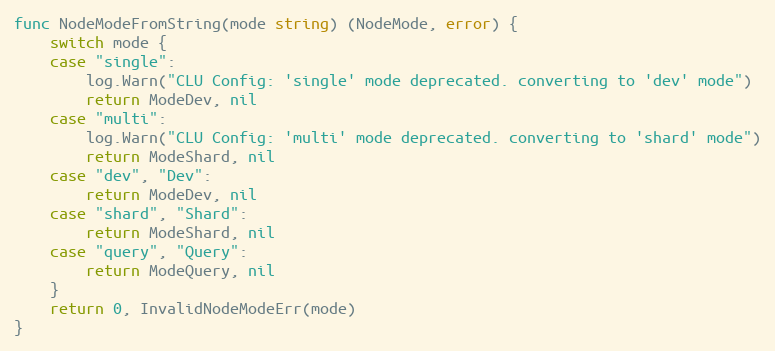
Language: Go
func NodeModeFromString(mode string) (NodeMode, error) {
	switch mode {
	case "single":
		log.Warn("CLU Config: 'single' mode deprecated. converting to 'dev' mode")
		return ModeDev, nil
	case "multi":
		log.Warn("CLU Config: 'multi' mode deprecated. converting to 'shard' mode")
		return ModeShard, nil
	case "dev", "Dev":
		return ModeDev, nil
	case "shard", "Shard":
		return ModeShard, nil
	case "query", "Query":
		return ModeQuery, nil
	}
	return 0, InvalidNodeModeErr(mode)
}